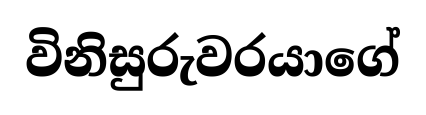
විනිසුරුවරයාගේ